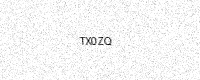
Text: TX0ZQ